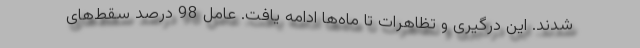
شدند. این درگیری و تظاهرات تا ماه‌ها ادامه یافت. عامل 98 درصد سقط‌های